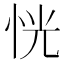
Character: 恍